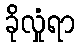
ခိုလှုံရာ